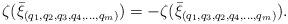
LaTeX: \begin{align*}\zeta(\bar{\xi}_{(q_1,q_2,q_3,q_4,\ldots,q_m)})=-\zeta(\bar{\xi}_{(q_1,q_3,q_2,q_4,\ldots,q_m)}).\end{align*}